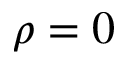
\rho = 0